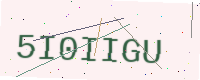
Text: 5I0IIGU